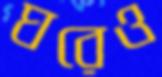
ঘরেও